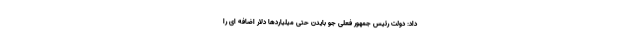
داد: دولت رئیس جمهور فعلی جو بایدن حتی میلیاردها دلار اضافه ای را